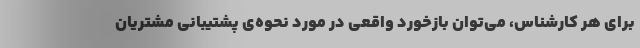
برای هر کارشناس، می‌توان بازخورد واقعی در مورد نحوه‌ی پشتیبانی مشتریان